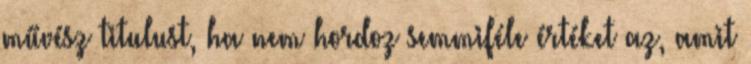
művész titulust, ha nem hordoz semmiféle értéket az, amit